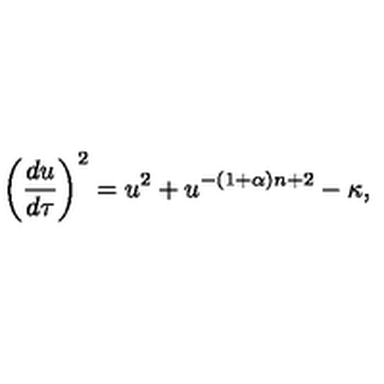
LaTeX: \left( { \frac { d u } { d \tau } } \right) ^ { 2 } = u ^ { 2 } + u ^ { - ( 1 + \alpha ) n + 2 } - \kappa ,